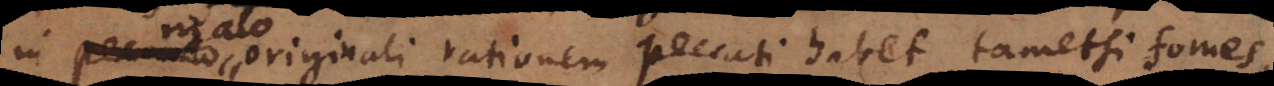
in peccato originali rationem peccati habet, tametsi fome